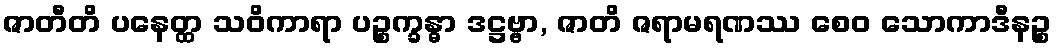
ဇာတီတိ ပနေတ္ထ သဝိကာရာ ပဉ္စက္ခန္ဓာ ဒဋ္ဌဗ္ဗာ, ဇာတိ ဇရာမရဏဿ စေဝ သောကာဒီနဉ္စ